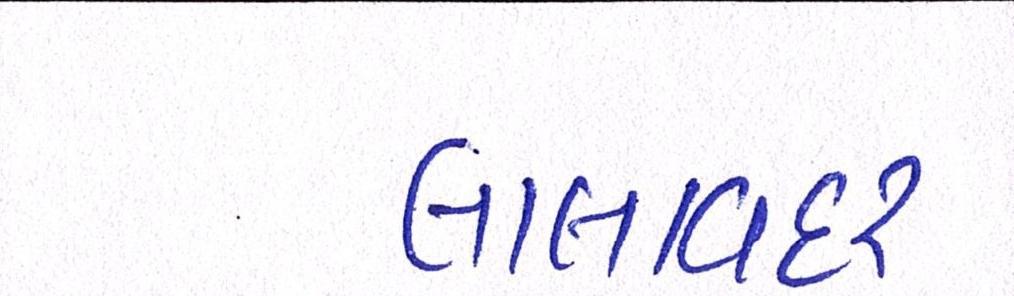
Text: લાલાવદર